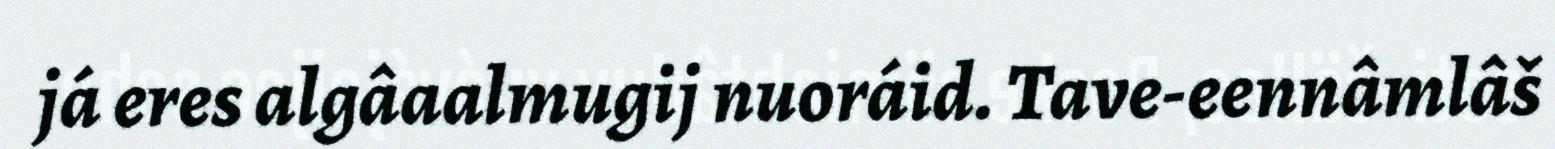
já eres algâaalmugij nuoráid. Tave-eennâmlâš